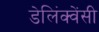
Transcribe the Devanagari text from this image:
डेलिंक्वेंसी